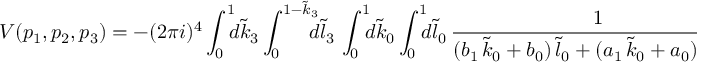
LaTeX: V ( p _ { 1 } , p _ { 2 } , p _ { 3 } ) = { } - ( 2 \pi i ) ^ { 4 } \int _ { 0 } ^ { 1 } \! \! \! d \tilde { k } _ { 3 } \int _ { 0 } ^ { 1 - \tilde { k } _ { 3 } } \! \! \! \! d \tilde { l } _ { 3 } \, \int _ { 0 } ^ { 1 } \! \! \! d \tilde { k } _ { 0 } \int _ { 0 } ^ { 1 } \! \! \! d \tilde { l } _ { 0 } \, \frac { 1 } { ( b _ { 1 } \, \tilde { k } _ { 0 } + b _ { 0 } ) \, \tilde { l } _ { 0 } + ( a _ { 1 } \, \tilde { k } _ { 0 } + a _ { 0 } ) + \, i \eta }